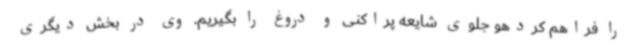
را فراهم ‌کردهو جلوی شایعه پراکنی و دروغ را بگیریم. وی در بخش دیگری